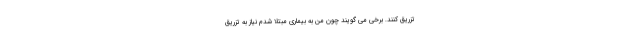
تزریق کنند. برخی می گویند چون من به بیماری مبتلا شدم نیاز به تزریق